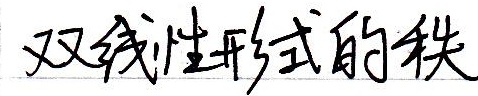
双线性形式的秩